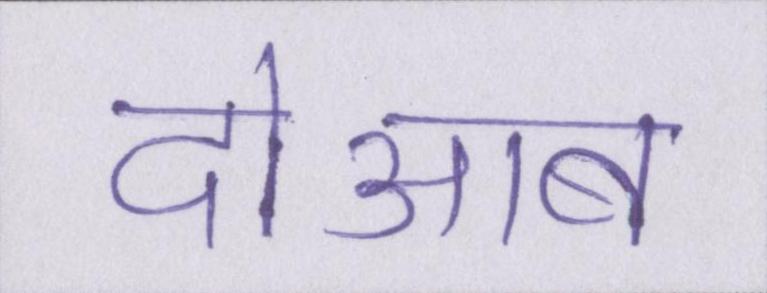
दोआब